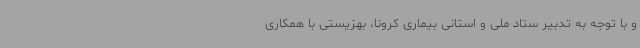
و با توجه به تدبیر ستاد ملی و استانی بیماری کرونا، بهزیستی با همکاری